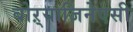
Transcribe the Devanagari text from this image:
बोऱ्याजिनेएसी